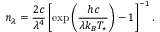
n _ { \lambda } = \frac { 2 c } { \lambda ^ { 4 } } \left[ \exp \left( \frac { h c } { \lambda k _ { B } T _ { \star } } \right) - 1 \right] ^ { - 1 } .